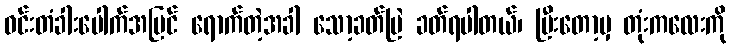
ဝင်းတံခါးပေါက်အပြင် ရောက်တဲ့အခါ သော့ခတ်မြဲ ခတ်ရပါတယ်၊ ပြီးတော့မှ တုံးကလေးကို